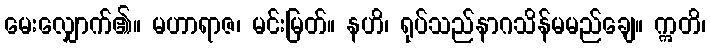
မေးလျှောက်၏။ မဟာရာဇ၊ မင်းမြတ်။ နဟိ၊ ရုပ်သည်နာဂသိန်မမည်ချေ။ ဣတိ၊